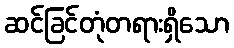
ဆင်ခြင်တုံတရားရှိသော